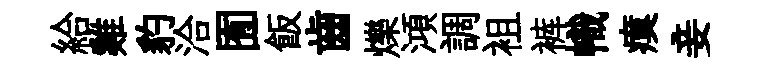
給雞豹洽囿飯齒爍澒調袓裤幟瘼妾